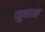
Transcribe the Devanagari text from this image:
कुषान